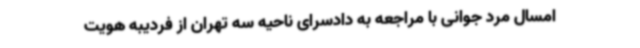
امسال مرد جوانی با مراجعه به دادسرای ناحیه سه تهران از فردیبه هویت